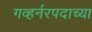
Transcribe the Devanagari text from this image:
गव्हर्नरपदाच्या